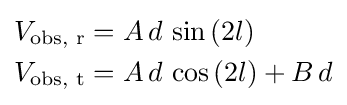
{\begin{aligned}&V_{\text{obs, r}}=A\,d\,\sin \left(2l\right)\\&V_{\text{obs, t}}=A\,d\,\cos \left(2l\right)+B\,d\\\end{aligned}}